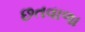
છતવાળા